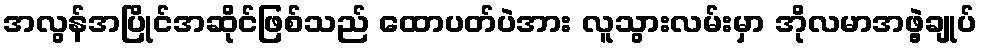
အလွန်အပြိုင်အဆိုင်ဖြစ်သည် ထောပတ်ပဲအား လူသွားလမ်းမှာ အိုလမာအဖွဲ့ချုပ်